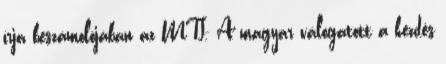
írja beszámolójában az MTI. A magyar válogatott a kezdés